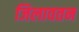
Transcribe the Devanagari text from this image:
जिलावतन